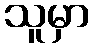
သူမှာ